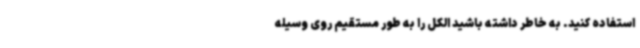
استفاده کنید. به‌ خاطر داشته باشید الکل را به‌ طور مستقیم روی وسیله